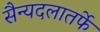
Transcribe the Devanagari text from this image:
सैन्यदलातर्फे